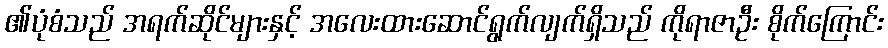
၏ပုံစံသည် အရက်ဆိုင်များနှင့် အလေးထားဆောင်ရွက်လျက်ရှိသည် ကိုရာဇာဦး စိုက်ကြောင်း